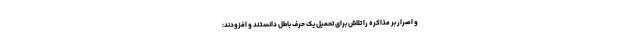
و اصرار بر مذاکره را تلاش برای تحمیل یک حرف باطل دانستند و افزودند: